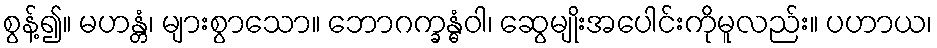
စွန့်၍။ မဟန္တံ၊ များစွာသော။ ဘောဂက္ခန္ဓံဝါ၊ ဆွေမျိုးအပေါင်းကိုမူလည်း။ ပဟာယ၊